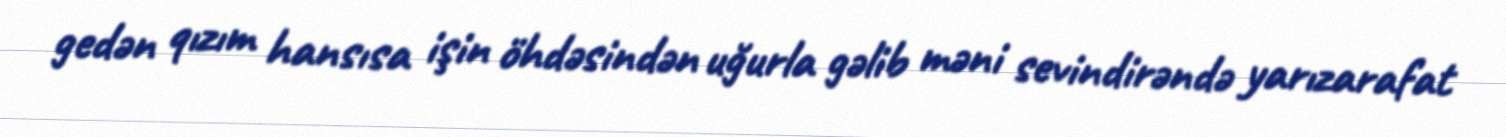
gedən qızım hansısa işin öhdəsindən uğurla gəlib məni sevindirəndə yarızarafat